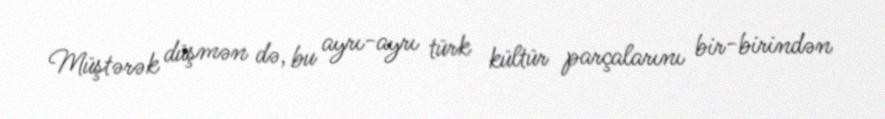
Müştərək düşmən də, bu ayrı-ayrı türk kültür parçalarını bir-birindən